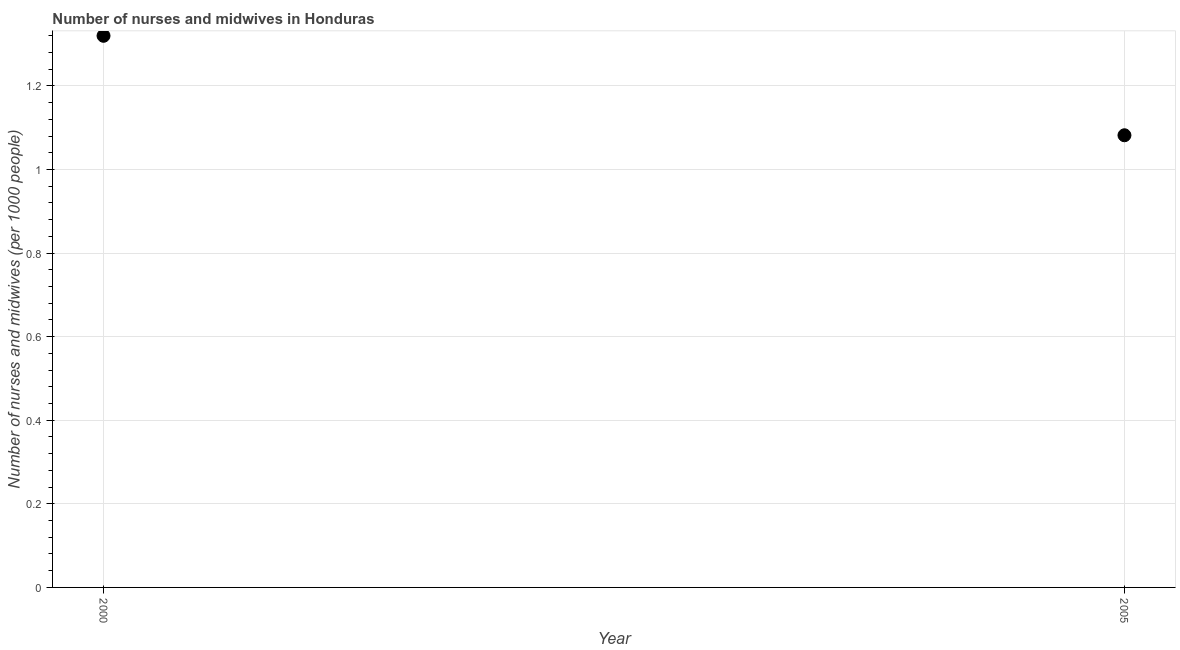
| Year | Nurses and midwives |
 | --- | --- |
 | 2000 | 1.32 |
 | 2005 | 1.08 |